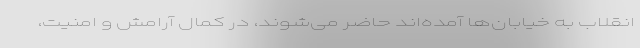
انقلاب به خیابان‌ها آمده‌اند حاضر می‌شوند، در کمال آرامش و امنیت،